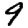
Digit: 9